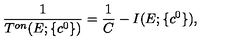
\displaystyle \frac { 1 } { T ^ { o n } ( E ; \{ c ^ { 0 } \} ) } = \displaystyle \frac { 1 } { C } - I ( E ; \{ c ^ { 0 } \} ) ,